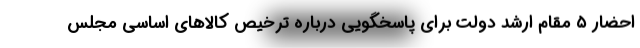
احضار ۵ مقام ارشد دولت برای پاسخگویی درباره ترخیص کالاهای اساسی مجلس